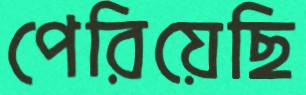
পেরিয়েছি